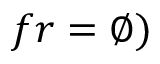
f r = \varnothing )